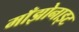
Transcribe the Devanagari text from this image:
माँझोनाइट